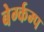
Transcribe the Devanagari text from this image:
बेर्ग्कम्प